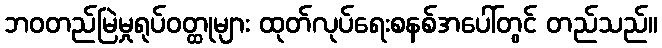
ဘဝတည်မြဲမှုရုပ်ဝတ္ထုများ ထုတ်လုပ်ရေးစနစ်အပေါ်တွင် တည်သည်။